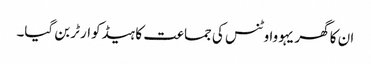
ان کا گھر یہووا وٹنس کی جماعت کا ہیڈکوارٹر بن گیا۔